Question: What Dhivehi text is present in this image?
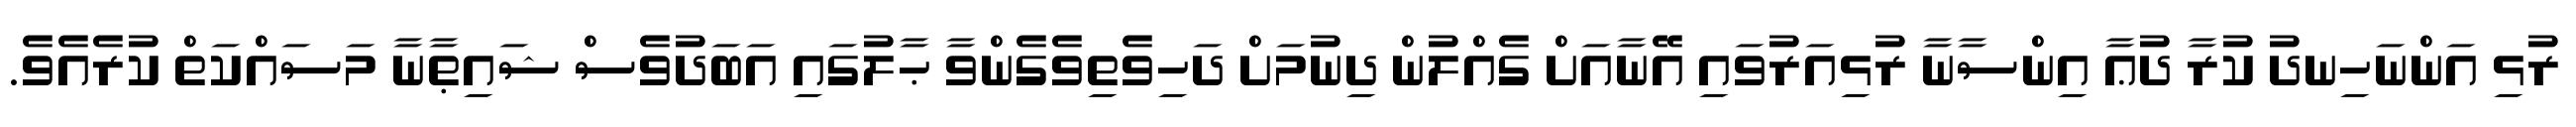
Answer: ރުޅި އަންނަހިނދު ކުރާ ދުޢާ އިންސާނާ ރުޅިއަރުވައި އޭނާއަށް ގެއްލުން ދިނުމަށް ދަހިވެތިވެގެންވާ ޙާލުގައި އަބަދުވެސް ޝައިޠާނާ މަސައްކަތް ކުރެއެވެ.